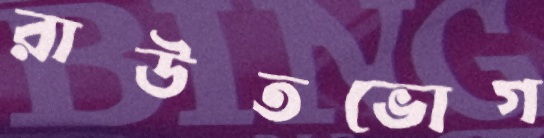
রাউতভোগ